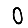
Digit: 0